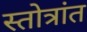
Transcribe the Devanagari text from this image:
स्तोत्रांत